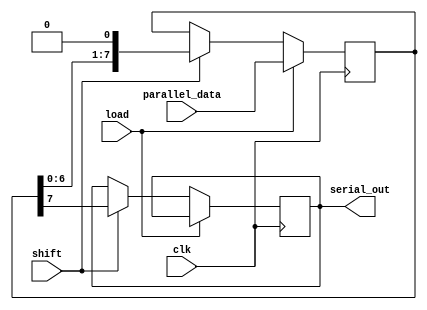
module PISO_Register #(
    parameter WIDTH = 8 // Adjustable width for the PISO register
) (
    input wire clk,         // Clock signal
    input wire load,        // Load signal
    input wire shift,       // Shift signal
    input wire [WIDTH-1:0] parallel_data, // Parallel input data
    output reg serial_out    // Serial output
);

    reg [WIDTH-1:0] shift_reg; // Internal shift register

    always @(posedge clk) begin
        if (load) begin
            // Load parallel data into the shift register
            shift_reg <= parallel_data;
        end 
        else if (shift) begin
            // Shift the register and output the most significant bit
            serial_out <= shift_reg[WIDTH-1]; // Output the MSB
            shift_reg <= {shift_reg[WIDTH-2:0], 1'b0}; // Shift left and fill with 0
        end 
        // Note: If neither load nor shift is active, do nothing
    end

endmodule